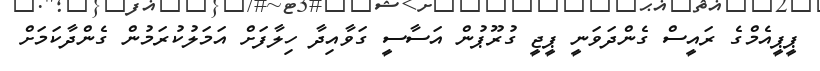
ޕީޕީއެމްގެ ރައީސް ގެންދަވަނީ ޕީޖީ ގުރޫޕުން އަސާސީ ގަވާއިދާ ހިލާފަށް އަމަލުކުރަމުން ގެންދާކަމަށް